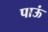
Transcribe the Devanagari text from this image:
पाऊं